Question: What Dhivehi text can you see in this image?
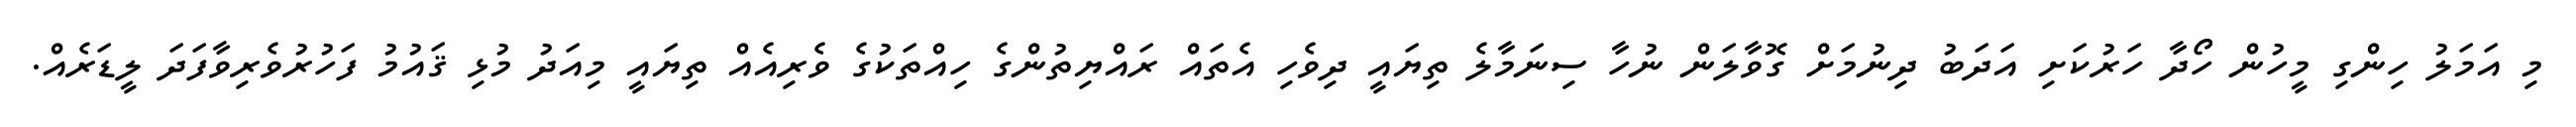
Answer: މި އަމަލު ހިންގި މީހުން ހޯދާ ހަރުކަށި އަދަބު ދިނުމަށް ގޮވާލަން ނުހާ ސިނަމާލެ ތިޔައީ ދިވެހި އެތައް ރައްޔިތުންގެ ހިއްތަކުގެ ވެރިއެއް ތިޔައީ މިއަދު މުޅި ޤައުމު ފަހުރުވެރިވާފަދަ ލީޑަރެއް.